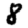
Digit: 8